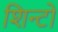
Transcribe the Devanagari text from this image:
शिन्टो